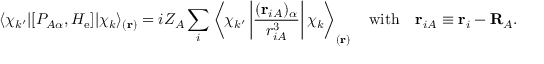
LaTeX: \langle \chi _ { k ^ { \prime } } | [ P _ { A \alpha } , H _ { \mathrm { e } } ] | \chi _ { k } \rangle _ { ( \mathbf { r } ) } = i Z _ { A } \sum _ { i } \left\langle \chi _ { k ^ { \prime } } \left| { \frac { ( \mathbf { r } _ { i A } ) _ { \alpha } } { r _ { i A } ^ { 3 } } } \right| \chi _ { k } \right\rangle _ { ( \mathbf { r } ) } \quad { \mathrm { w i t h } } \quad \mathbf { r } _ { i A } \equiv \mathbf { r } _ { i } - \mathbf { R } _ { A } .